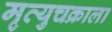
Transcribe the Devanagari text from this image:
मृत्युचक्राला